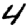
Digit: 4